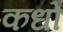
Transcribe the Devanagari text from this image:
कधों